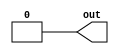
// Implement output tied to GND

module top_module (
    output out);

    assign out = 0;
endmodule